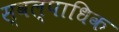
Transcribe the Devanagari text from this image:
स्वल्पाधिक